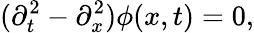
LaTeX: (\partial_{t}^{2}-\partial_{x}^{2})\phi(x,t)=0,